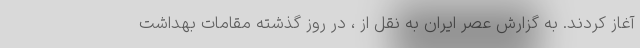
آغاز کردند. به گزارش عصر ایران به نقل از ، در روز گذشته مقامات بهداشت